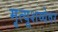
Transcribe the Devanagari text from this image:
मृत्यूशय्येवर